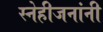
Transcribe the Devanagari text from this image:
स्नेहीजनांनी